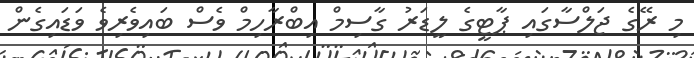
މި ރޭގެ ޖަލްސާގައި ޕާޓީގެ ލީޑަރު ގާސިމް އިބްރާހިމް ވެސް ބައިވެރިވެ ވަޑައިގެން